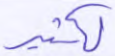
لكثير